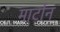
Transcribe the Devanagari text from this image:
मार्टान